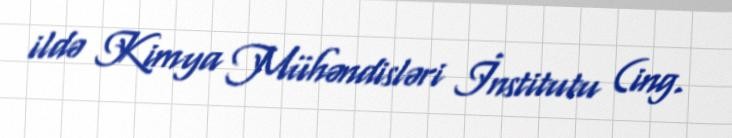
ildə Kimya Mühəndisləri İnstitutu (ing.